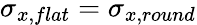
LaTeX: \sigma_{x,flat}=\sigma_{x,round}